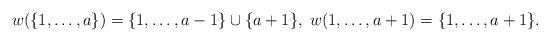
LaTeX: \begin{align*}w(\{1,\dots,a\})=\{1,\dots,a-1\}\cup\{a+1\},\; w(1,\dots,a+1)=\{1,\dots,a+1\}. \end{align*}